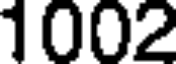
1002